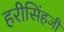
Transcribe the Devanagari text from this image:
हरीसिंहजी